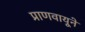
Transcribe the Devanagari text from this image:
प्राणवायूने